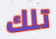
تلك